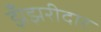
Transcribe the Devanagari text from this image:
झँझरीदार